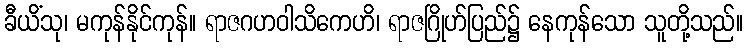
ခီယိံသု၊ မကုန်နိုင်ကုန်။ ရာဇဂဟဝါသိကေဟိ၊ ရာဇဂြိုဟ်ပြည်၌ နေကုန်သော သူတို့သည်။